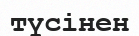
түсінен